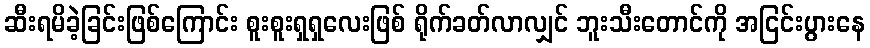
ဆီးရမိခဲ့ခြင်းဖြစ်ကြောင်း စူးစူးရှရှလေးဖြစ် ရိုက်ခတ်လာလျှင် ဘူးသီးတောင်ကို အငြင်းပွားနေ